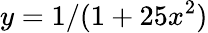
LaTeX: y=1/(1+25x^{2})